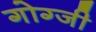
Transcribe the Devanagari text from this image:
गोग्जी